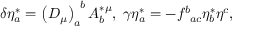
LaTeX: \delta \eta _ { a } ^ { * } = \left( D _ { \mu } \right) _ { a } ^ { \; \; b } A _ { b } ^ { * \mu } , \; \gamma \eta _ { a } ^ { * } = - f _ { \; \; a c } ^ { b } \eta _ { b } ^ { * } \eta ^ { c } ,